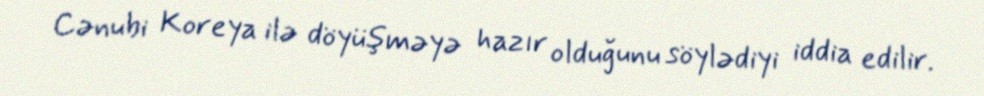
Cənubi Koreya ilə döyüşməyə hazır olduğunu söylədiyi iddia edilir.